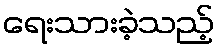
ရေးသားခဲ့သည့်